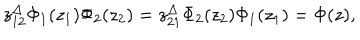
LaTeX: z _ { 1 2 } ^ { \Delta } { \Phi _ { 1 } ( z _ { 1 } ) } { \Phi _ { 2 } ( z _ { 2 } ) } = z _ { 2 1 } ^ { \Delta } { \Phi _ { 2 } ( z _ { 2 } ) } { \Phi _ { 1 } ( z _ { 1 } ) } = \Phi ( z ) ,